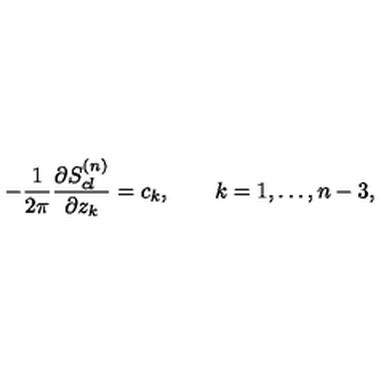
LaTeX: - { \frac { 1 } { 2 \pi } } { \frac { \partial S _ { c l } ^ { ( n ) } } { \partial z _ { k } } } = c _ { k } , \qquad k = 1 , \ldots , n - 3 ,